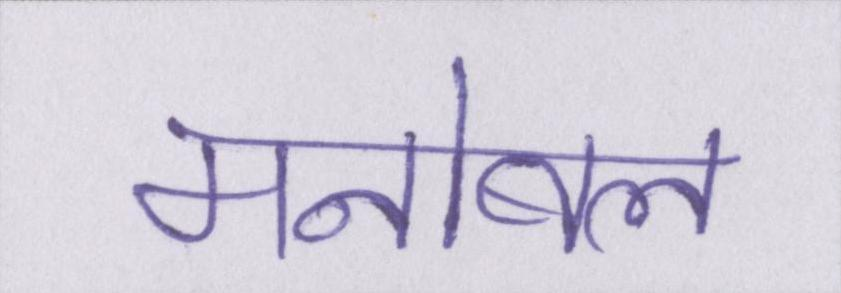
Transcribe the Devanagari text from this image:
मनोबल